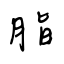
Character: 脂